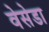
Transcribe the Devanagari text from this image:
वेसेडा